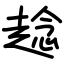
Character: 趝